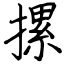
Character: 摞